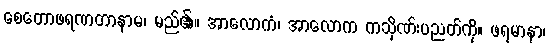
စေတောဖရဏတာနာမ၊ မည်၏။ အာလောကံ၊ အာလောက ကသိုဏ်းပညတ်ကို။ ဖရမာနာ၊